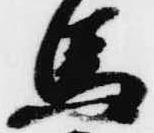
馬